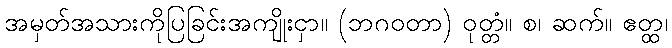
အမှတ်အသားကိုပြခြင်းအကျိုးငှာ။ (ဘဂဝတာ) ဝုတ္တံ။ စ၊ ဆက်။ ဧတ္ထ၊